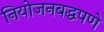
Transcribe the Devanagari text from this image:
नियोजनबद्धपणे